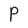
Character: P